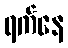
ရက်နေ